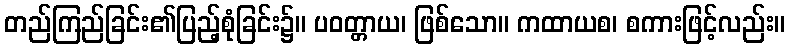
တည်ကြည်ခြင်း၏ပြည့်စုံခြင်း၌။ ပဝတ္တာယ၊ ဖြစ်သော။ ကထာယစ၊ စကားဖြင့်လည်း။